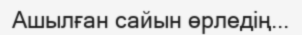
Ашылған сайын өрледің...